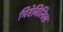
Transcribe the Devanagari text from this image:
मिरेबिलिस